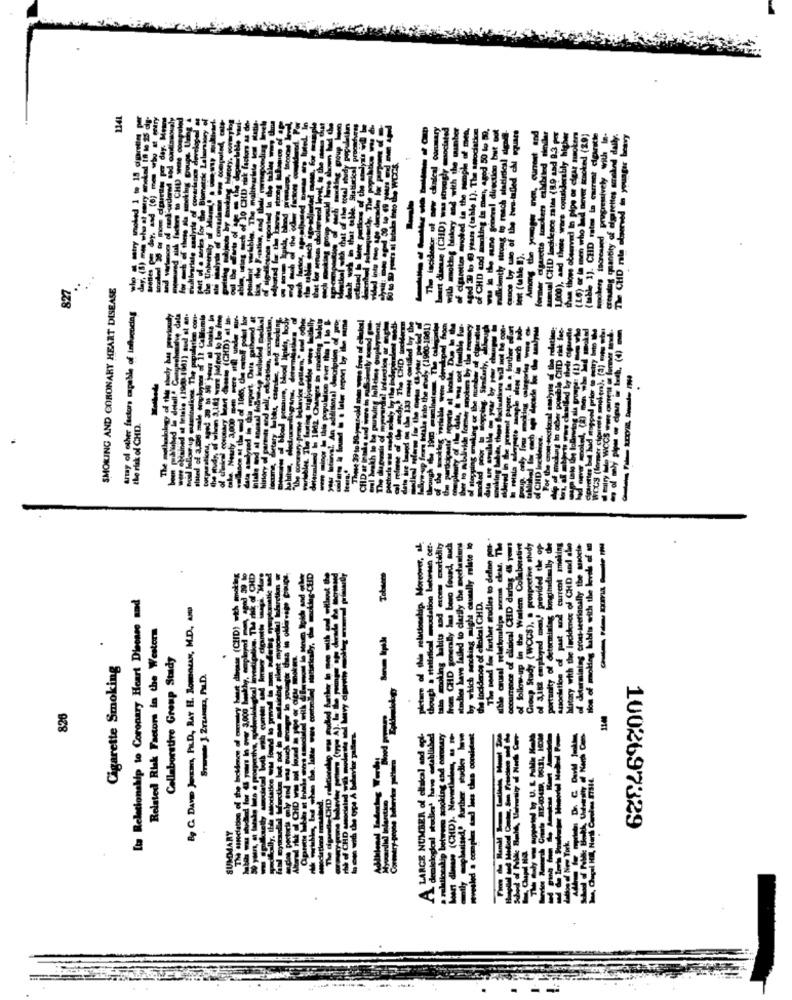
1241
former digarette brokers el
actual CHD lacklence maths (
1.000), and these were ognakde
than those observed In pipe on
(LG) or in men who lad never
shi- 1). CHD rates in eur
Among the
of CHI
SMOKING AND CORONARY HEART DISEASE
827
Array of other factors capable of influencing
the risk of CHD.
history with the ledidence of GHD and ale
pletare of this relationship. Moreover, al
though a statistical modation between cer-
from CHD generally las beso found, nich
studies have failed to clarify the mechemiens
by which working might causeally relate to
The need for further studies to define pot-
occurrence of clinical CHD durtag 4% yout
of follow-up in the Warlem Collaborative
provided the op
portunity of Getormining longinadimlly die
association of past and current Imeling
of determining cross-sectionally the assdete
Boa of moblog habits with the levels of to
-----
dhess (CHD) with smoking
Lta Relationship to Coronary Heart Disonse nad
Study (WCCS), . Pro
Bg C. DAVID JoKm, PILD, RAY H. Romacan, M.D ., AND
Related Risk Factors in the Western
noking
Collaborative Group Study
Sokan.
Cigarette Smoking
CHD
contre
www 3,000
826
114
mylor pultura.
demalelogical studies' have established
a relationship between acooking end coronary
vesled a complex sad less thea consistent
a. CHD relithen
the
A LARGE NUMBER of
SUMMARY
1002697329
Tak